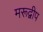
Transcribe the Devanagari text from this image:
मरूद्वीप